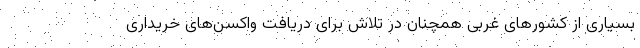
بسیاری از کشورهای غربی همچنان در تلاش برای دریافت واکسن‌های خریداری